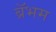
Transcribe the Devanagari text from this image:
ब्रॅभम